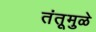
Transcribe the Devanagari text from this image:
तंतूमुळे